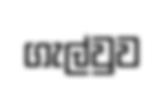
ගැල්වුව